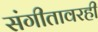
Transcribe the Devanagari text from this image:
संगीतावरही